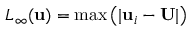
L _ { \infty } ( \mathbf { u } ) = \mathrm { m a x } \left( | \mathbf { u } _ { i } - \mathbf { U } | \right)